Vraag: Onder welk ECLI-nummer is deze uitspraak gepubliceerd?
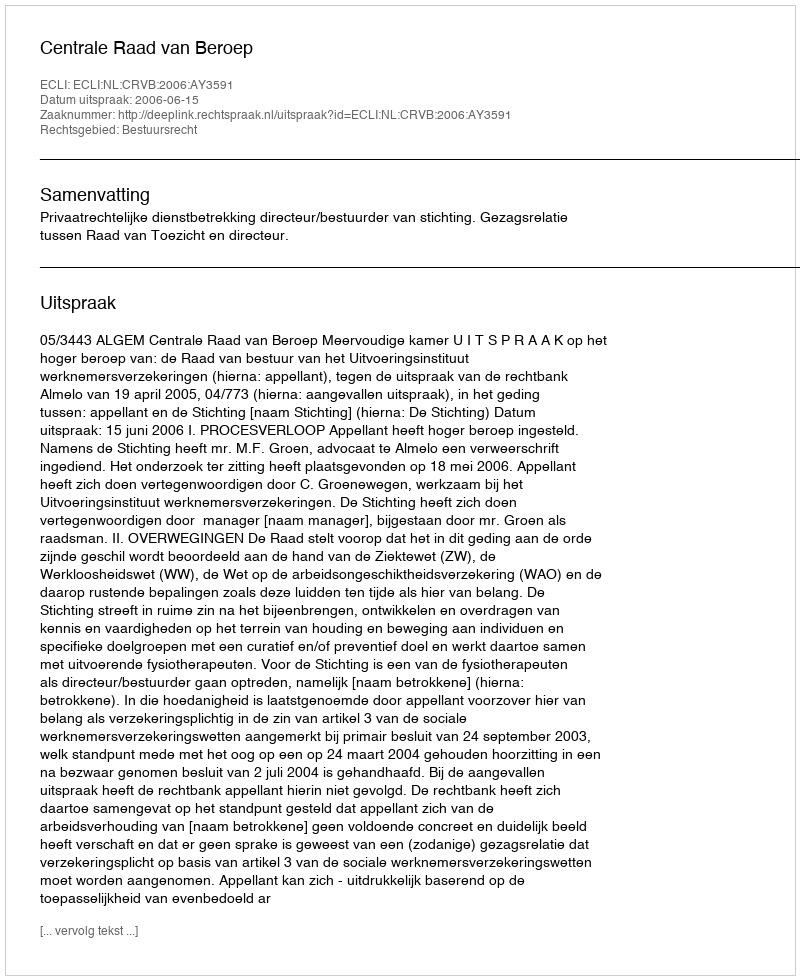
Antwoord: ECLI:NL:CRVB:2006:AY3591